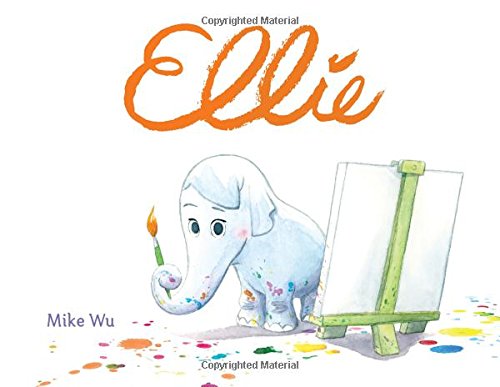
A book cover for Ellie; Mike Wu; Children's Books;